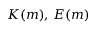
K ( m ) , \, E ( m )